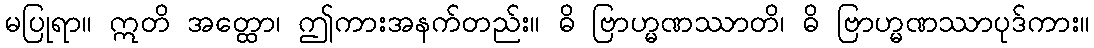
မပြုရာ။ ဣတိ အတ္ထော၊ ဤကားအနက်တည်း။ ဓိ ဗြာဟ္မဏဿာတိ၊ ဓိ ဗြာဟ္မဏဿာပုဒ်ကား။